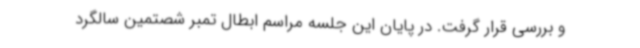
و بررسی قرار گرفت. در پایان این جلسه مراسم ابطال تمبر شصتمین سالگرد